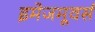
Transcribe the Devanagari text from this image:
इमेजमूवर्स